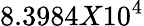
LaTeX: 8.3984X10^{4}